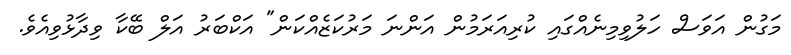
މަގުން އަވަސް ހަލުވިމިނެއްގައި ކުރިއަރަމުން އަންނަ މަރުކަޒެއްކަން" އަކްބަރު އަލް ބޭކާ ވިދާޅުވިއެވެ.